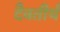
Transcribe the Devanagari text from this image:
दैवतीर्थ